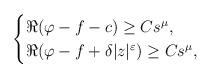
LaTeX: \begin{align*}\begin{cases}\Re(\varphi-f-c) \geq C s^\mu, \\\Re(\varphi-f+\delta |z|^{\varepsilon}) \geq C s^\mu,\end{cases}\end{align*}